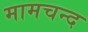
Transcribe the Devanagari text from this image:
मामचन्द